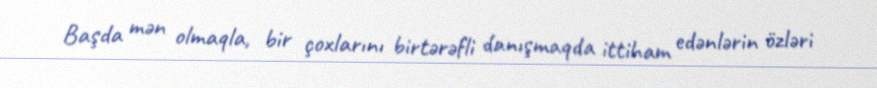
Başda mən olmaqla, bir çoxlarını birtərəfli danışmaqda ittiham edənlərin özləri